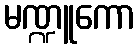
မဏ္ဍူကော